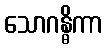
သောဂန္ဓိကာ